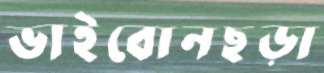
ভাইবোনছড়া